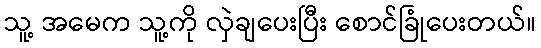
သူ့ အမေက သူ့ကို လှဲချပေးပြီး စောင်ခြုံပေးတယ်။